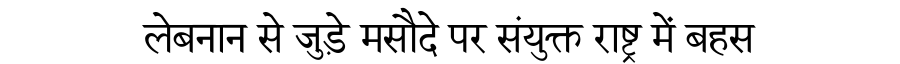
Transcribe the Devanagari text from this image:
लेबनान से जुड़े मसौदे पर संयुक्त राष्ट्र में बहस